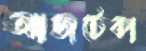
আজটেকা